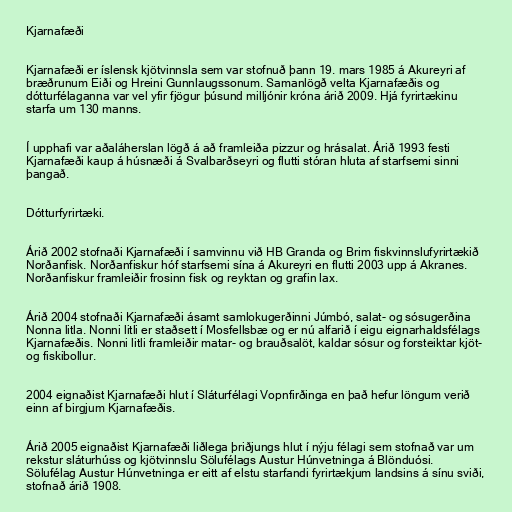
Kjarnafæði

Kjarnafæði er íslensk kjötvinnsla sem var stofnuð þann 19. mars 1985 á Akureyri af
bræðrunum Eiði og Hreini Gunnlaugssonum. Samanlögð velta Kjarnafæðis og
dótturfélaganna var vel yfir fjögur þúsund milljónir króna árið 2009. Hjá fyrirtækinu
starfa um 130 manns.

Í upphafi var aðaláherslan lögð á að framleiða pizzur og hrásalat. Árið 1993 festi
Kjarnafæði kaup á húsnæði á Svalbarðseyri og flutti stóran hluta af starfsemi sinni
þangað.

Dótturfyrirtæki.

Árið 2002 stofnaði Kjarnafæði í samvinnu við HB Granda og Brim fiskvinnslufyrirtækið
Norðanfisk. Norðanfiskur hóf starfsemi sína á Akureyri en flutti 2003 upp á Akranes.
Norðanfiskur framleiðir frosinn fisk og reyktan og grafin lax.

Árið 2004 stofnaði Kjarnafæði ásamt samlokugerðinni Júmbó, salat- og sósugerðina
Nonna litla. Nonni litli er staðsett í Mosfellsbæ og er nú alfarið í eigu eignarhaldsfélags
Kjarnafæðis. Nonni litli framleiðir matar- og brauðsalöt, kaldar sósur og forsteiktar kjöt-
og fiskibollur.

2004 eignaðist Kjarnafæði hlut í Sláturfélagi Vopnfirðinga en það hefur löngum verið
einn af birgjum Kjarnafæðis.

Árið 2005 eignaðist Kjarnafæði liðlega þriðjungs hlut í nýju félagi sem stofnað var um
rekstur sláturhúss og kjötvinnslu Sölufélags Austur Húnvetninga á Blönduósi.
Sölufélag Austur Húnvetninga er eitt af elstu starfandi fyrirtækjum landsins á sínu sviði,
stofnað árið 1908.